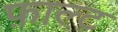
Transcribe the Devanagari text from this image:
फ़ाल्ट